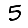
Digit: 5